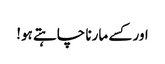
اور کسے مارنا چاہتے ہو!